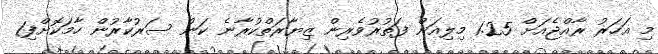
މި އަހަރު ރާއްޖެއަށް 1.25 މިލިއަން ފަތުރުވެރިން ޒިޔާރަތްކުރާނެ ކަން ސަރުކާރުން ހާމަކޮށްފި1